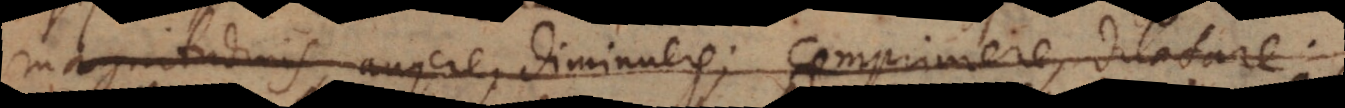
magnitudinis, augere, diminuere; comprimere, dilatare,